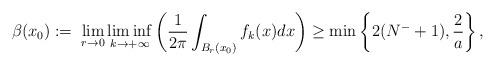
LaTeX: \begin{align*}\beta (x_0) := \; \displaystyle{\lim_{r\to 0} \liminf_{k \to + \infty} \left( \frac{1}{2\pi} \int_{B_r(x_0)} f_k(x) dx\right)} \geq \min\left\{ 2(N^- +1), \frac{2}{a}\right\},\end{align*}